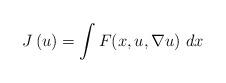
LaTeX: \begin{align*}J\left( u\right) =\int F(x,u,\nabla u)\ dx \end{align*}